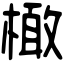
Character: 橄